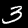
Label: 3